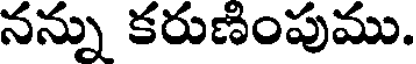
నన్ను కరుణింపుము.